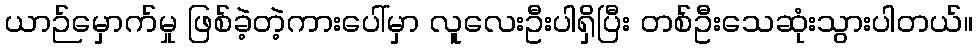
ယာဉ်မှောက်မှု ဖြစ်ခဲ့တဲ့ကားပေါ်မှာ လူလေးဦးပါရှိပြီး တစ်ဦးသေဆုံးသွားပါတယ်။